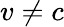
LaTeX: v\neq c